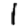
Digit: 1